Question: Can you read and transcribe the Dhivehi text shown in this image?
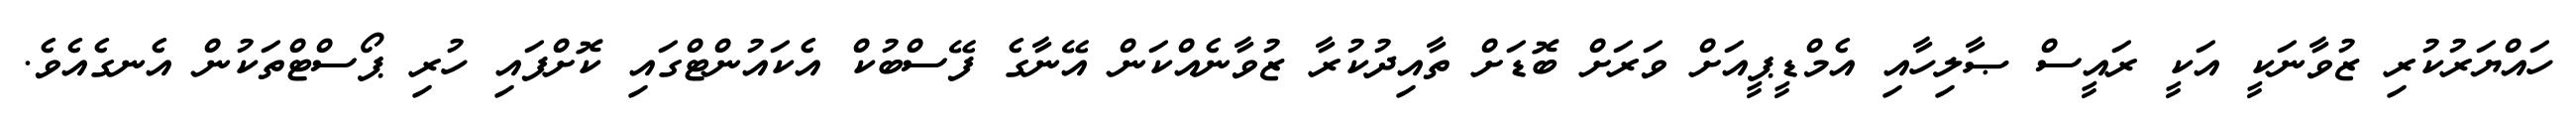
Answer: ހައްޔަރުކުރި ޒުވާނަކީ އަކީ ރައީސް ޞާލިހާއި އެމްޑީޕީއަށް ވަރަށް ބޮޑަށް ތާއިދުކުރާ ޒުވާނެއްކަން އޭނާގެ ފޭސްބުކް އެކައުންޓްގައި ކޮށްފައި ހުރި ޕޯސްޓްތަކުން އެނގެއެވެ.